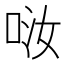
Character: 𠲤